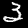
Digit: 3